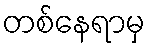
တစ်နေရာမှ